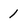
Character: 1